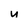
Character: u